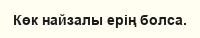
Көк найзалы ерің болса.